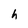
Character: h